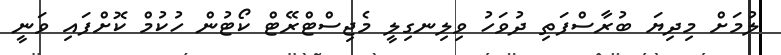
ލުމަށް މިދިޔަ ބުރާސްފަތި ދުވަހު ވިލިނގިލީ މެޖިސްޓްރޭޓް ކޯޓުން ހުކުމް ކޮށްފައި ވަނީ